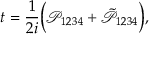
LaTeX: t = \frac { 1 } { 2 i } \Big ( \mathcal P _ { 1 2 3 4 } + \tilde { \mathcal { P } } _ { 1 2 3 4 } \Big ) ,